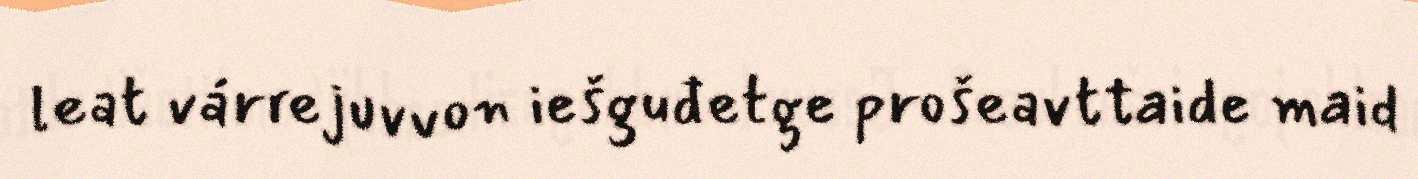
leat várrejuvvon iešguđetge prošeavttaide maid